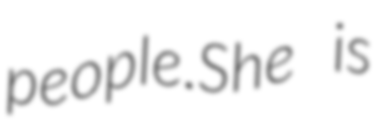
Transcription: people.She is